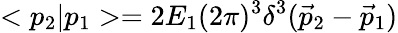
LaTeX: <p_{2}|p_{1}>=2E_{1}(2\pi)^{3}\delta^{3}(\vec{p}_{2}-\vec{p}_{1})